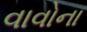
વાવોના